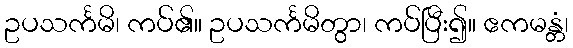
ဥပသင်္ကမိ၊ ကပ်၏။ ဥပသင်္ကမိတွာ၊ ကပ်ပြီး၍။ ဧကမန္တံ၊